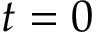
t = 0